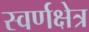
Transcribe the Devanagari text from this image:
स्वर्णक्षेत्र